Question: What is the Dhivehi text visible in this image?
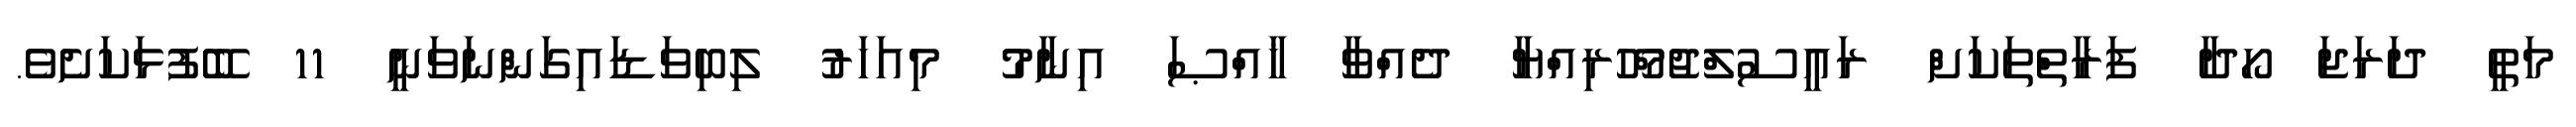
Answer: މަތީ ދަރަޖަ ހޯދާ ފަރާތްތަކަށް ރައީސުލްޖުމްހޫރިއްޔާ ދެއްވާ ޚާއްޞަ އިނާމު މިއަހަރު ލިބިވަޑައިގަންނަވަނީ 11 ބޭފުޅަކަށެވެ.